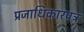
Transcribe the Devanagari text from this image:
प्रजाधिकारपत्र